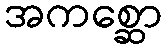
အကစ္ဆော